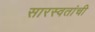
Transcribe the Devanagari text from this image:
सारस्वतांची